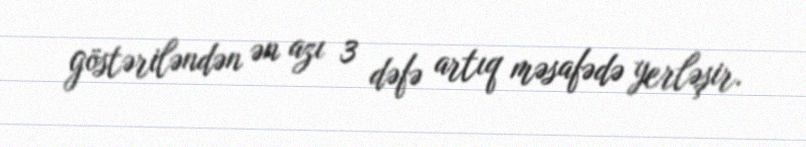
göstəriləndən ən azı 3 dəfə artıq məsafədə yerləşir.